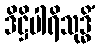
ဒိဋ္ဌိပါရိသုဒ္ဓိံ